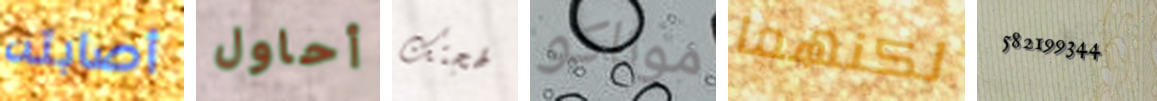
أصابته أحاول لهجتك موناكو لكنهما 582199344